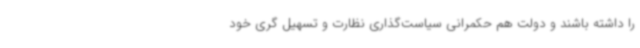
را داشته باشند و دولت هم حکمرانی سیاست‌گذاری نظارت و تسهیل گری خود